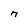
Character: n